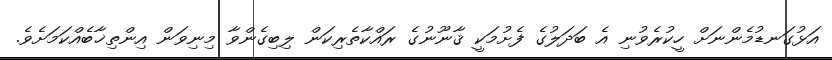
އަޅުގަނޑުމެންނަށް ހީކުރެވުނި އެ ބަދަލުގެ ފެށުމަކީ ޤާނޫނުގެ ރައްކާތެރިކަން ލިބިގެންވާ މިނިވަން އިންތިޚާބެއްކަމަށެވެ.